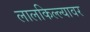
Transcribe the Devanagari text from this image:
लालकिल्ल्यावर